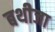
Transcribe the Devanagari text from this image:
बथीजा